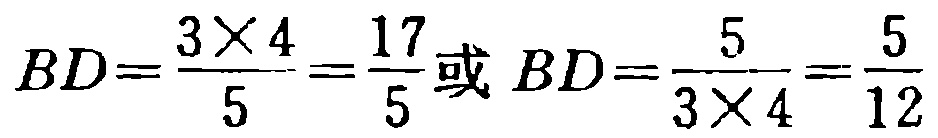
\(BD=\frac{3\times 4}{5}=\frac{17}{5}或 BD=\frac{5}{3\times 4}=\frac{5}{12}\)